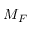
M _ { F }